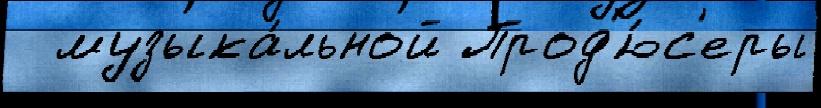
  музыка́льной Прод'ю́с'еры